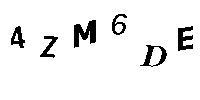
4ZM6DE